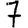
Digit: 7